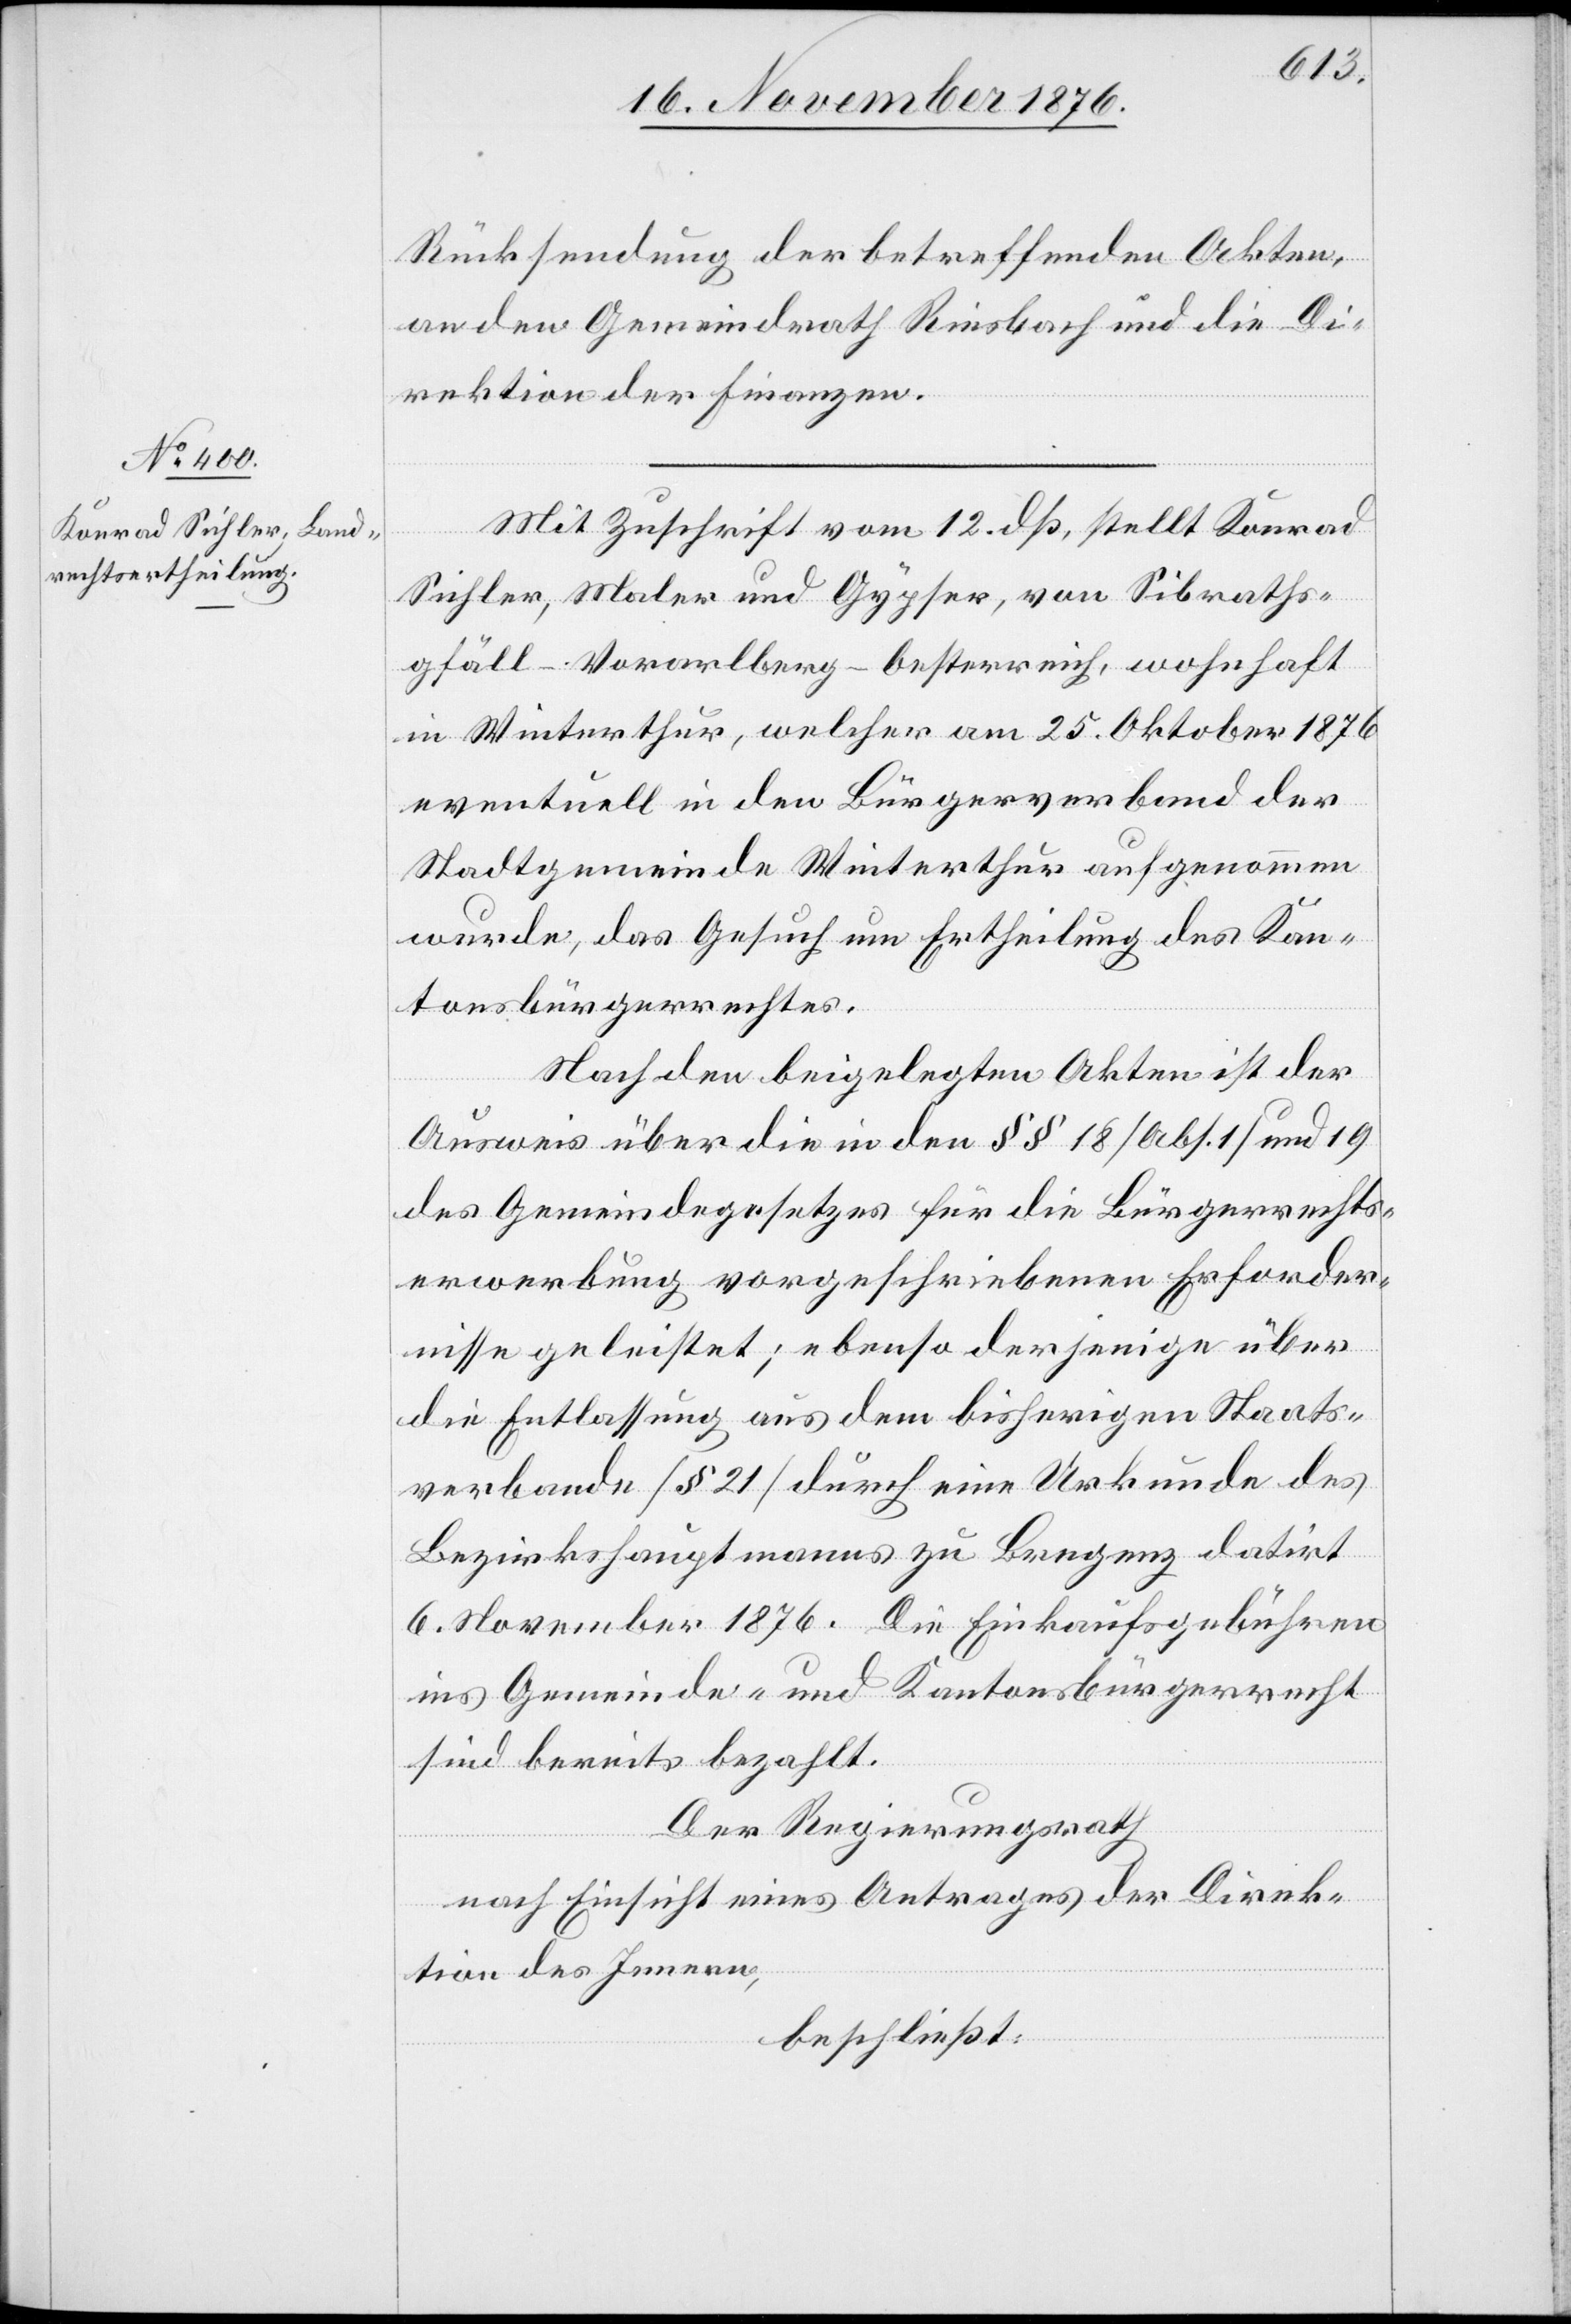
Mit Zuschrift vom 12. dß, stellt Konrad
Sichler, Maler und Gypser, von Sibraths¬
gfäll - Vorarlberg - Oesterreich, wohnhaft
in Winterthur, welcher am 25. Oktober 1876
eventuell in den Bürgerverband der
Stadtgemeinde Winterthur aufgenommen
wurde, das Gesuch um Ertheilung des Kan¬
tonsbürgerrechtes.
Nach den beigelegten Akten ist der
Ausweis über die in den §§ 18 [Abs. 1] und 19
des Gemeindegesetzes für die Bürgerrechts¬
erwerbung vorgeschriebenen Erforder¬
nisse geleistet; ebenso derjenige über
die Entlassung aus dem bisherigen Staats¬
verbande [§ 21] durch eine Urkunde des
Bezirkshauptmanns zu Bregenz datirt
6. November 1876. Die Einkaufsgebühren
ins Gemeinde- und Kantonsbürgerrecht
sind bereits bezahlt.
Der Regierungsrath,
nach Einsicht eines Antrages der Direk¬
tion des Innern,
beschließt: